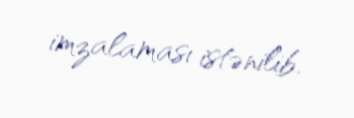
imzalaması istənilib.